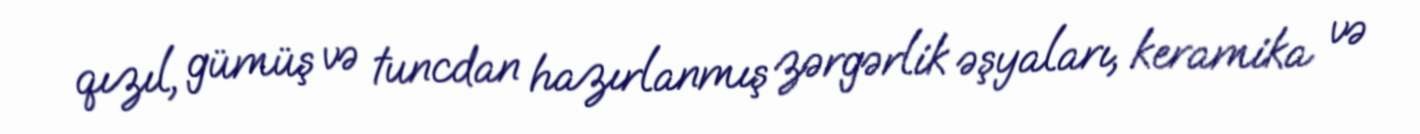
qızıl, gümüş və tuncdan hazırlanmış zərgərlik əşyaları, keramika və